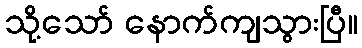
သို့သော် နောက်ကျသွားပြီ။